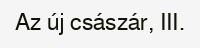
Az új császár, III.